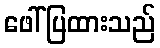
ဖေါ်ပြထားသည်